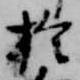
於